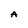
Character: A